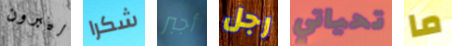
ليبرون شكرا أجبر رجل تحياتي ما